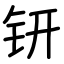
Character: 钘